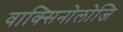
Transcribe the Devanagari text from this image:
वाक्सिनोलोजि